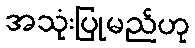
အသုံးပြုမည်ဟု